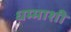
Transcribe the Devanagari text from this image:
धम्माशी